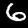
Label: 6